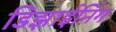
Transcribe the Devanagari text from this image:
डिझाईनिंग